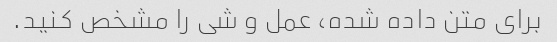
برای متن داده شده، عمل و شی را مشخص کنید.